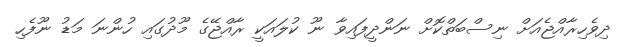
ދިވެހިރާއްޖެއަށް ނިސްބަތްކޮށް ނަންދީފައިވާ ނޫ ކުލައަކީ ރާއްޖޭގެ މޫދުގައި ހުންނަ މަޑު ނޫފެހި